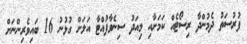
ފުރުސަތު ދެމުންދާ ރިސޯޓެއް ކަމަށާއި މިއަދު ސިނެވާފުއްޓާ އަލަށް ގުޅުނު 16 ބައިވެރިންނަށް